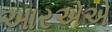
આરએએ